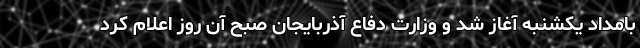
بامداد یکشنبه آغاز شد و وزارت دفاع آذربایجان صبح آن روز اعلام کرد